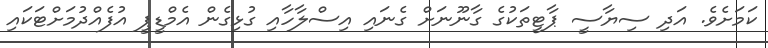
ކަމަށެވެ. އަދި ސިޔާސީ ޕާޓީތަކުގެ ގާނޫނަށް ގެނައި އިސްލާހާއި ގުޅިގެން އެމްޑީޕީ އުފެއްދުމަށްޓަކައި